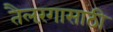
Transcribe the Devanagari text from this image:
तैलरंगासाठी